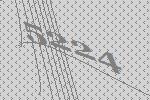
5224